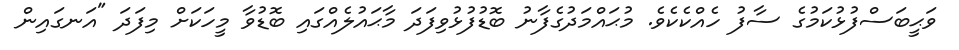
ވަޙީބަސްފުޅުކަމުގެ ސާފު ހެއްކެކެވެ. މުޙައްމަދުގެފާނު ބޮޑުފުޅުވިފަދަ މާޙައުލެއްގައި ބޮޑުވާ މީހަކަށް މިފަދަ "އަނގައިން